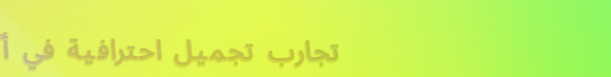
تجارب تجميل احترافية في أ